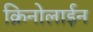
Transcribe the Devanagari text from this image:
क्रिनोलाईन